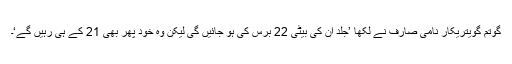
گوتم گویتریکار نامی صارف نے لکھا ’جلد ان کی بیٹی 22 برس کی ہو جائیں گی لیکن وہ خود پھر بھی 21 کے ہی رہیں گے‘۔